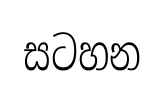
සටහන